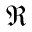
\Re